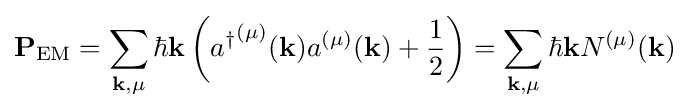
\mathbf {P} _{\textrm {EM}}=\sum _{\mathbf {k} ,\mu }\hbar \mathbf {k} \left({a^{\dagger }}^{(\mu )}(\mathbf {k} )a^{(\mu )}(\mathbf {k} )+{\frac {1}{2}}\right)=\sum _{\mathbf {k} ,\mu }\hbar \mathbf {k} N^{(\mu )}(\mathbf {k} )